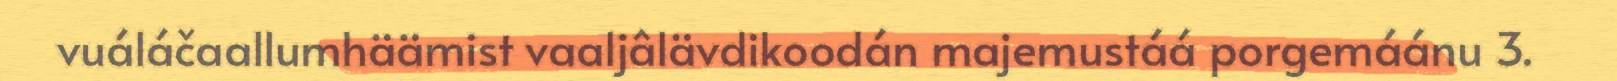
vuáláčaallumhäämist vaaljâlävdikoodán majemustáá porgemáánu 3.